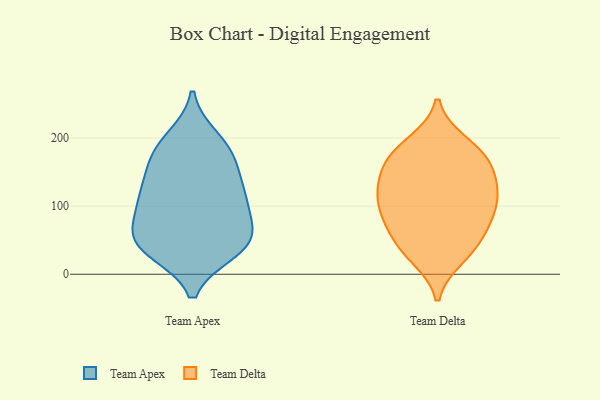
{"axis": {"x": "Production Output", "y": "Value"}, "legend": ["Team Apex", "Team Delta"], "data": [{"x": "", "y": 117, "type": "Team Apex"}, {"x": "", "y": 35, "type": "Team Apex"}, {"x": "", "y": 149, "type": "Team Apex"}, {"x": "", "y": 112, "type": "Team Apex"}, {"x": "", "y": 80, "type": "Team Apex"}, {"x": "", "y": 105, "type": "Team Apex"}, {"x": "", "y": 199, "type": "Team Apex"}, {"x": "", "y": 37, "type": "Team Apex"}, {"x": "", "y": 112, "type": "Team Apex"}, {"x": "", "y": 47, "type": "Team Apex"}, {"x": "", "y": 182, "type": "Team Apex"}, {"x": "", "y": 53, "type": "Team Apex"}, {"x": "", "y": 159, "type": "Team Apex"}, {"x": "", "y": 44, "type": "Team Apex"}, {"x": "", "y": 184, "type": "Team Apex"}, {"x": "", "y": 57, "type": "Team Apex"}, {"x": "", "y": 136, "type": "Team Delta"}, {"x": "", "y": 72, "type": "Team Delta"}, {"x": "", "y": 55, "type": "Team Delta"}, {"x": "", "y": 43, "type": "Team Delta"}, {"x": "", "y": 109, "type": "Team Delta"}, {"x": "", "y": 100, "type": "Team Delta"}, {"x": "", "y": 165, "type": "Team Delta"}, {"x": "", "y": 88, "type": "Team Delta"}, {"x": "", "y": 25, "type": "Team Delta"}, {"x": "", "y": 114, "type": "Team Delta"}, {"x": "", "y": 164, "type": "Team Delta"}, {"x": "", "y": 193, "type": "Team Delta"}, {"x": "", "y": 173, "type": "Team Delta"}, {"x": "", "y": 31, "type": "Team Delta"}, {"x": "", "y": 187, "type": "Team Delta"}, {"x": "", "y": 141, "type": "Team Delta"}, {"x": "", "y": 130, "type": "Team Delta"}, {"x": "", "y": 86, "type": "Team Delta"}]}